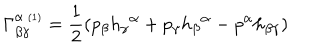
LaTeX: \Gamma _ { \beta \gamma } ^ { \alpha \ { \scriptscriptstyle ( 1 ) } } = \frac { 1 } { 2 } ( p _ { \beta } h _ { \gamma } { } ^ { \alpha } + p _ { \gamma } h _ { \beta } { } ^ { \alpha } - p ^ { \alpha } h _ { \beta \gamma } )